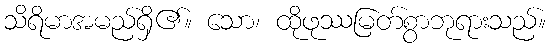
သိရိမာအမည်ရှိ၏။ သော၊ ထိုဖုဿမြတ်စွာဘုရားသည်။